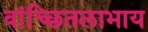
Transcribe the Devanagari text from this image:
वांच्छितलाभाय